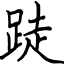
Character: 跿